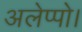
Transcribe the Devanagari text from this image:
अलेप्पो।